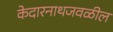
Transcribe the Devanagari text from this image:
केदारनाथजवळील